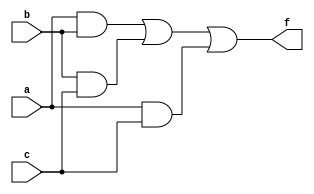
`timescale 1ns / 1ps
//////////////////////////////////////////////////////////////////////////////////
// Company: 
// Engineer: 
// 
// Design Name: 
// Module Name: bjq
// Project Name: 
// Target Devices: 
// Tool Versions: 
// Description: 
// 
// Dependencies: 
// 
// Revision:
// Revision 0.01 - File Created
// Additional Comments:
// 
//////////////////////////////////////////////////////////////////////////////////


module bjq(
    input a,
    input b,
    input c,
    output f
    );
    assign f=a&b|b&c|a&c;
endmodule